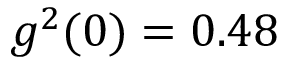
g ^ { 2 } ( 0 ) = 0 . 4 8